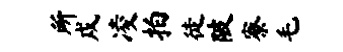
所戍凌拍徒陂寮毛